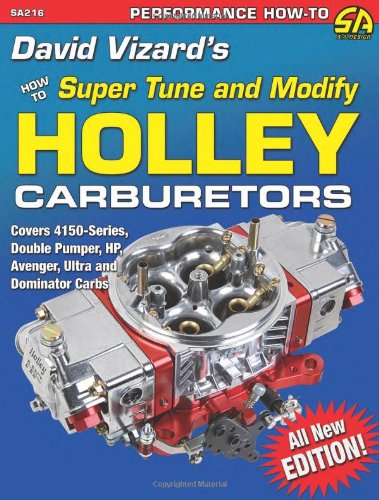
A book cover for David Vizard's How to Super Tune and Modify Holley Carburetors (Performance How-To); David Vizard; Engineering & Transportation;